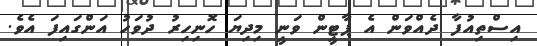
އިސްތިއުފާ ދެއްވަން އެ ޕާޓީން ވަނީ މިދިޔަ ހޮނިހިރު ދުވަހު އަންގައިފަ އެވެ.